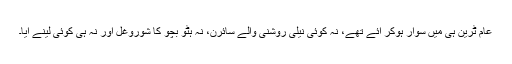
عام ٹرین ہی میں سوار ہوکر آئے تھے، نہ کوئی نیلی روشنی والے سائرن، نہ ہٹو بچو کا شوروغل اور نہ ہی کوئی لینے آیا۔